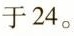
于24。